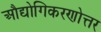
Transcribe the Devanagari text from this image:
औद्योगिकरणोत्तर